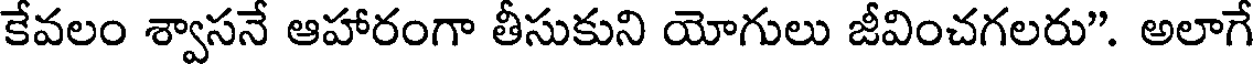
కేవలం శ్వాసనే ఆహారంగా తీసుకుని యోగులు జీవించగలరు". అలాగే